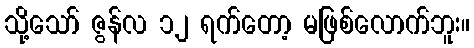
သို့သော် ဇွန်လ ၁၂ ရက်တော့ မဖြစ်လောက်ဘူး။